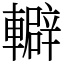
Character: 䡶